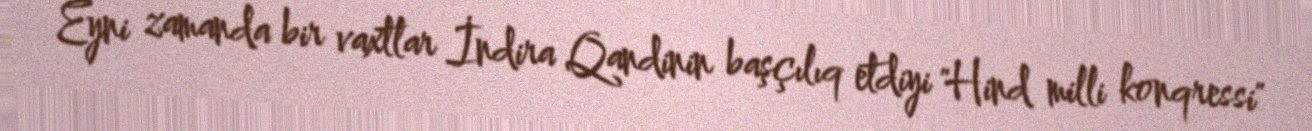
Eyni zamanda bir vaxtlar İndira Qandinin başçılıq etdiyi "Hind milli konqressi"